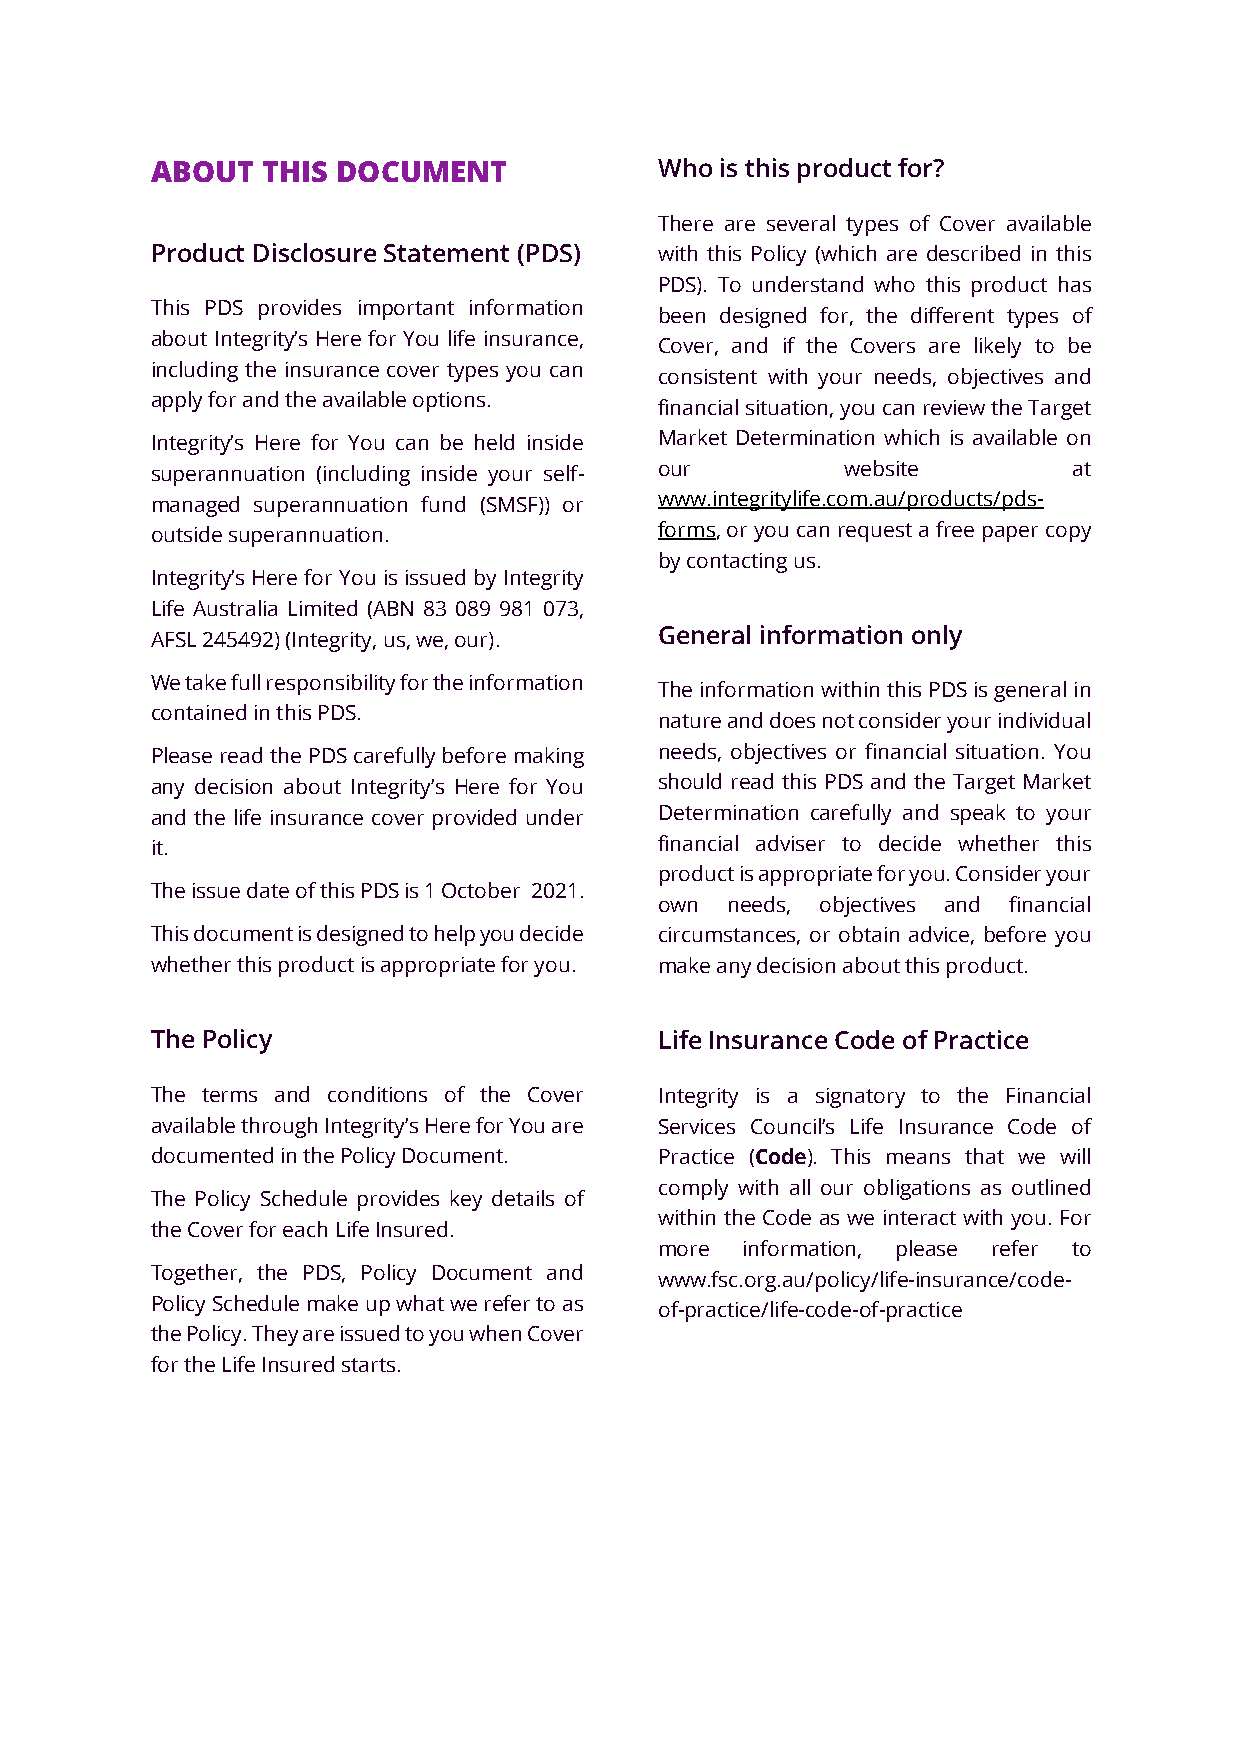
ABOUT  THIS DOCUMENT              Who is this product for?
 There are several types of Cover available
 Product Disclosure Statement (PDS) with this Policy (which are described in this
 PDS). To understand who this product has
 This PDS provides important information
 been designed for, the different types of
 about Integrity’s Here for You life insurance,
 Cover, and if the Covers are likely to be
 including the insurance cover types you can
 consistent with your needs, objectives and
 apply for and the available options.
 financial situation, you can review the Target
 Integrity’s Here for You can be held inside Market Determination which is available on
 superannuation (including inside your self- our website      at
 managed superannuation fund (SMSF)) or www.integritylife.com.au/products/pds-
 outside superannuation.           forms, or you can request a free paper copy
 by contacting us.
 Integrity’s Here for You is issued by Integrity
 Life Australia Limited (ABN 83 089 981 073,
 AFSL 245492) (Integrity, us, we, our). General information only
 We take full responsibility for the information
 The information within this PDS is general in
 contained in this PDS.
 nature and does not consider your individual
 Please read the PDS carefully before making needs, objectives or financial situation. You
 any decision about Integrity’s Here for You should read this PDS and the Target Market
 and the life insurance cover provided under Determination carefully and speak to your
 it.                               financial adviser to decide whether this
 product is appropriate for you. Consider your
 The issue date of this PDS is 1 October 2021.
 own needs, objectives and financial
 This document is designed to help you decide circumstances, or obtain advice, before you
 whether this product is appropriate for you. make any decision about this product.
 The Policy                        Life Insurance Code of Practice
 The terms and conditions of the Cover Integrity is a signatory to the Financial
 available through Integrity’s Here for You are Services Council’s Life Insurance Code of
 documented in the Policy Document. Practice (Code). This means that we will
 comply with all our obligations as outlined
 The Policy Schedule provides key details of
 within the Code as we interact with you. For
 the Cover for each Life Insured.
 more information, please refer to
 Together, the PDS, Policy Document and
 www.fsc.org.au/policy/life-insurance/code-
 Policy Schedule make up what we refer to as
 of-practice/life-code-of-practice
 the Policy. They are issued to you when Cover
 for the Life Insured starts.